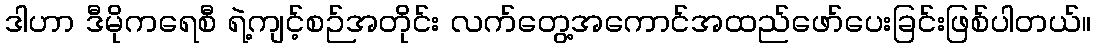
ဒါဟာ ဒီမိုကရေစီ ရဲ့ကျင့်စဉ်အတိုင်း လက်တွေ့အကောင်အထည်ဖော်ပေးခြင်းဖြစ်ပါတယ်။